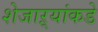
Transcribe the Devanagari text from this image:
शेजाऱ्यांकडे